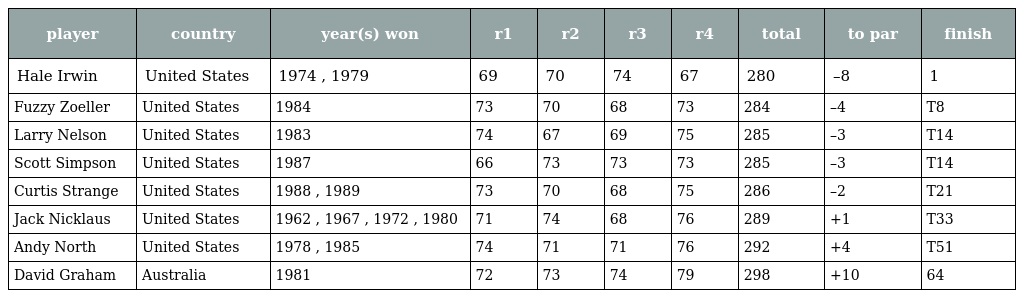
| player | country | year(s) won | r1 | r2 | r3 | r4 | total | to par | finish |
 | --- | --- | --- | --- | --- | --- | --- | --- | --- | --- |
 | Hale Irwin | United States | 1974 , 1979 | 69 | 70 | 74 | 67 | 280 | –8 | 1 |
 | Fuzzy Zoeller | United States | 1984 | 73 | 70 | 68 | 73 | 284 | –4 | T8 |
 | Larry Nelson | United States | 1983 | 74 | 67 | 69 | 75 | 285 | –3 | T14 |
 | Scott Simpson | United States | 1987 | 66 | 73 | 73 | 73 | 285 | –3 | T14 |
 | Curtis Strange | United States | 1988 , 1989 | 73 | 70 | 68 | 75 | 286 | –2 | T21 |
 | Jack Nicklaus | United States | 1962 , 1967 , 1972 , 1980 | 71 | 74 | 68 | 76 | 289 | +1 | T33 |
 | Andy North | United States | 1978 , 1985 | 74 | 71 | 71 | 76 | 292 | +4 | T51 |
 | David Graham | Australia | 1981 | 72 | 73 | 74 | 79 | 298 | +10 | 64 |